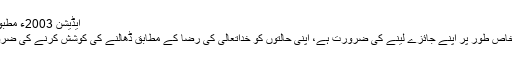
ایڈیشن 2003ء مطبوعہ ربوہ)
پس ہمیں خاص طور پر اپنے جائزے لینے کی ضرورت ہے، اپنی حالتوں کو خداتعالیٰ کی رضا کے مطابق ڈھالنے کی کوشش کرنے کی ضرورت ہے۔